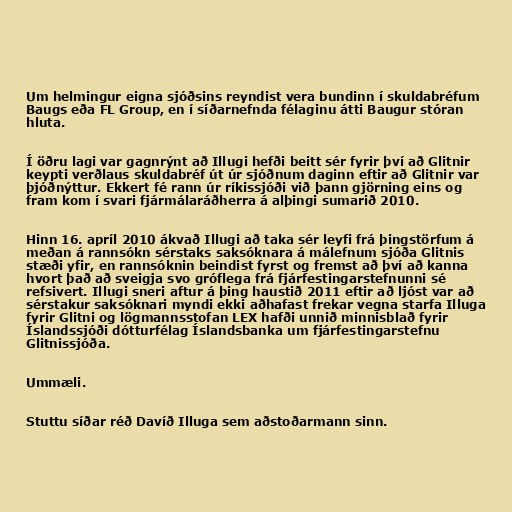
Um helmingur eigna sjóðsins reyndist vera bundinn í skuldabréfum
Baugs eða FL Group, en í síðarnefnda félaginu átti Baugur stóran
hluta.

Í öðru lagi var gagnrýnt að Illugi hefði beitt sér fyrir því að Glitnir
keypti verðlaus skuldabréf út úr sjóðnum daginn eftir að Glitnir var
þjóðnýttur. Ekkert fé rann úr ríkissjóði við þann gjörning eins og
fram kom í svari fjármálaráðherra á alþingi sumarið 2010.

Hinn 16. apríl 2010 ákvað Illugi að taka sér leyfi frá þingstörfum á
meðan á rannsókn sérstaks saksóknara á málefnum sjóða Glitnis
stæði yfir, en rannsóknin beindist fyrst og fremst að því að kanna
hvort það að sveigja svo gróflega frá fjárfestingarstefnunni sé
refsivert. Illugi sneri aftur á þing haustið 2011 eftir að ljóst var að
sérstakur saksóknari myndi ekki aðhafast frekar vegna starfa Illuga
fyrir Glitni og lögmannsstofan LEX hafði unnið minnisblað fyrir
Íslandssjóði dótturfélag Íslandsbanka um fjárfestingarstefnu
Glitnissjóða.

Ummæli.

Stuttu síðar réð Davíð Illuga sem aðstoðarmann sinn.